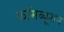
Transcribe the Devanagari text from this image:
कॉमब्यूशन